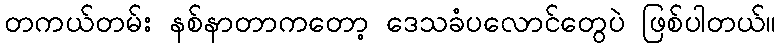
တကယ်တမ်း နစ်နာတာကတော့ ဒေသခံပလောင်တွေပဲ ဖြစ်ပါတယ်။